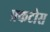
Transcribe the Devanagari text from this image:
फ्र्कटोस